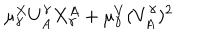
\mu _ { \gamma } ^ { X } U _ { A } ^ { \gamma } X _ { \gamma } ^ { A } + \mu _ { \gamma } ^ { V } ( V _ { A } ^ { \gamma } ) ^ { 2 }